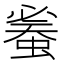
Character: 𧍦